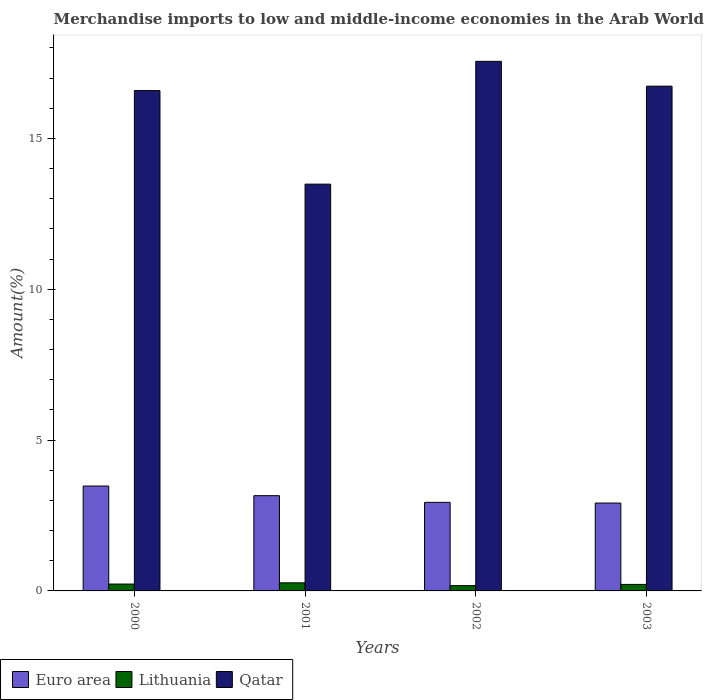
| Years | Euro area | Lithuania | Qatar |
 | --- | --- | --- | --- |
 | 2000 | 3.48 | 0.228 | 16.6 |
 | 2001 | 3.16 | 0.268 | 13.5 |
 | 2002 | 2.94 | 0.176 | 17.6 |
 | 2003 | 2.91 | 0.216 | 16.7 |